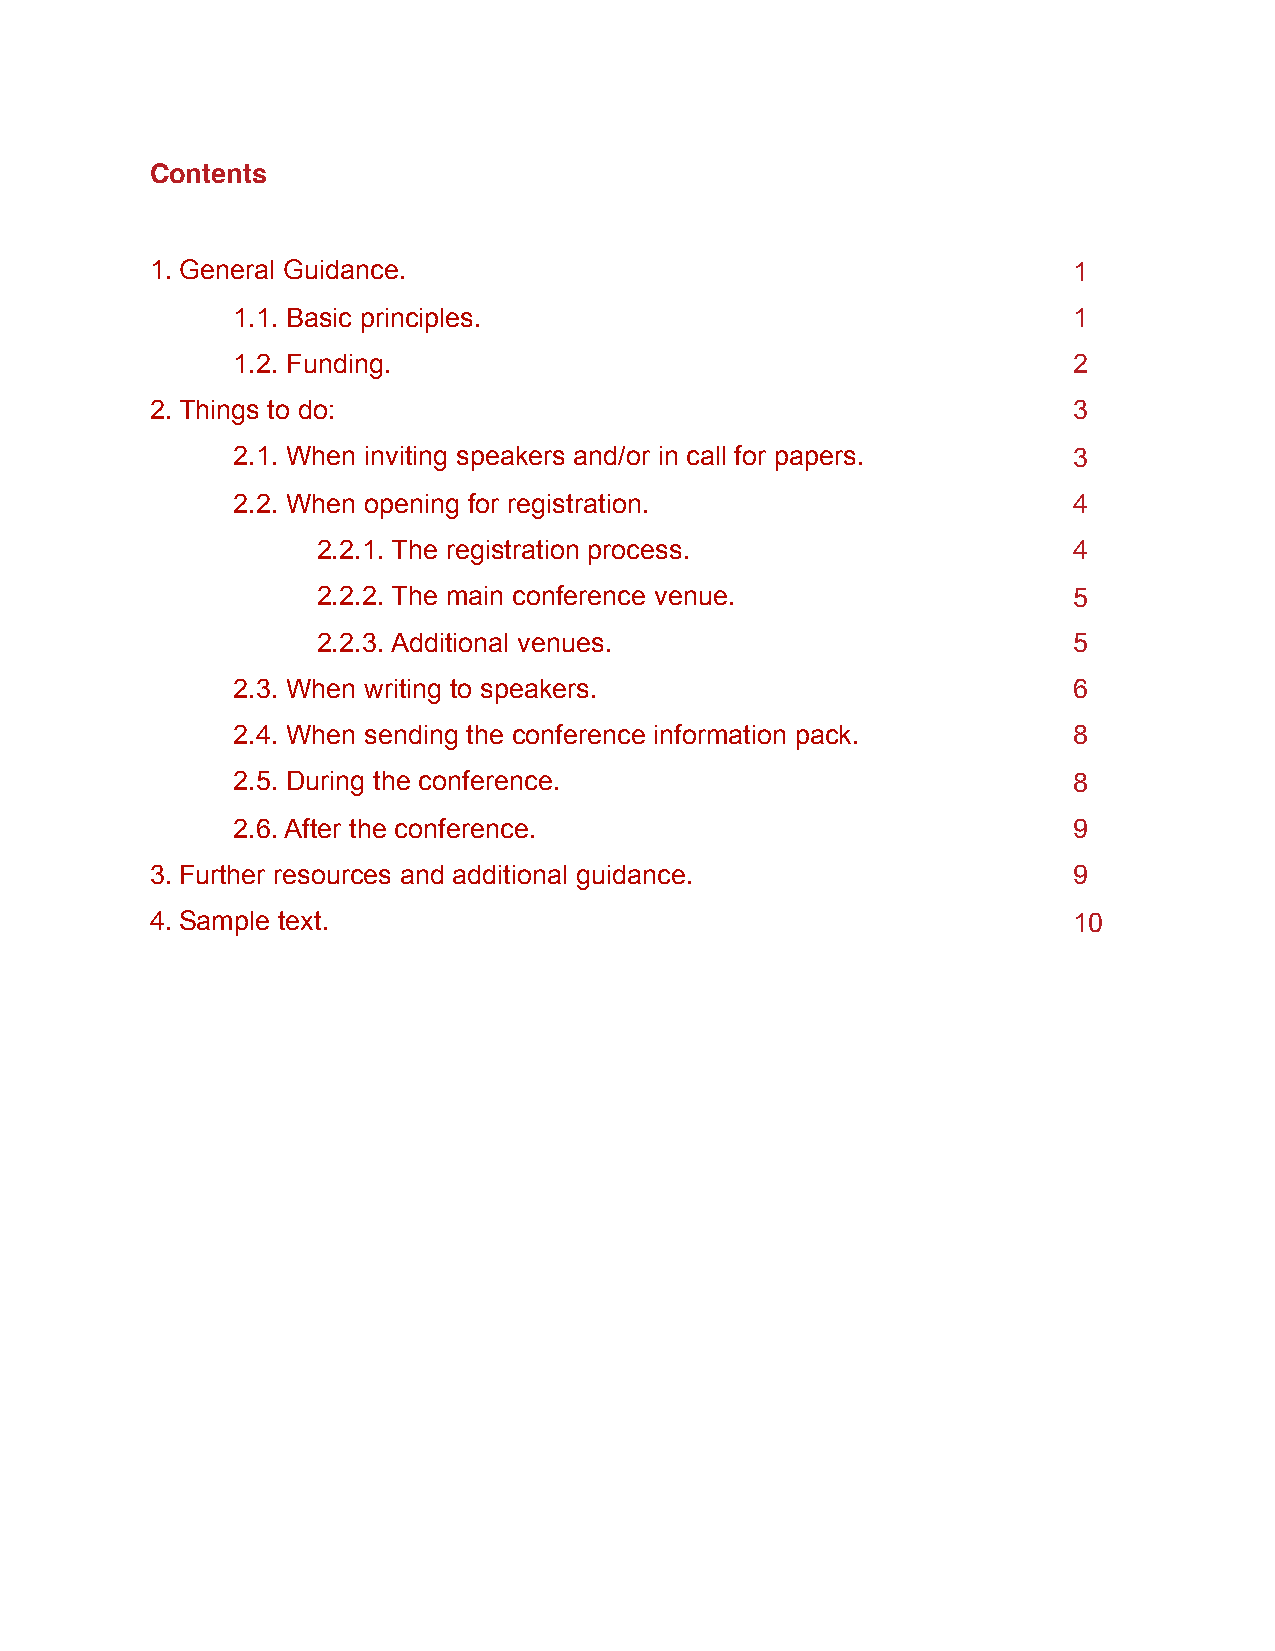
Contents
 1. General Guidance.                                         1
 1.1. Basic principles.                                  1
 1.2. Funding.                                           2
 2. Things to do:                                             3
 2.1. When inviting speakers and/or in call for papers.  3
 2.2. When opening for registration.                     4
 2.2.1. The registration process.                  4
 2.2.2. The main conference venue.                 5
 2.2.3. Additional venues.                         5
 2.3. When writing to speakers.                          6
 2.4. When sending the conference information pack.      8
 2.5. During the conference.                             8
 2.6. After the conference.                              9
 3. Further resources and additional guidance.                9
 4. Sample text.                                              10